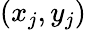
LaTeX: (x_{j},y_{j})